65_HS1-834228961_62-HQ-83894_Section_2
Agency: FBI
Page 44
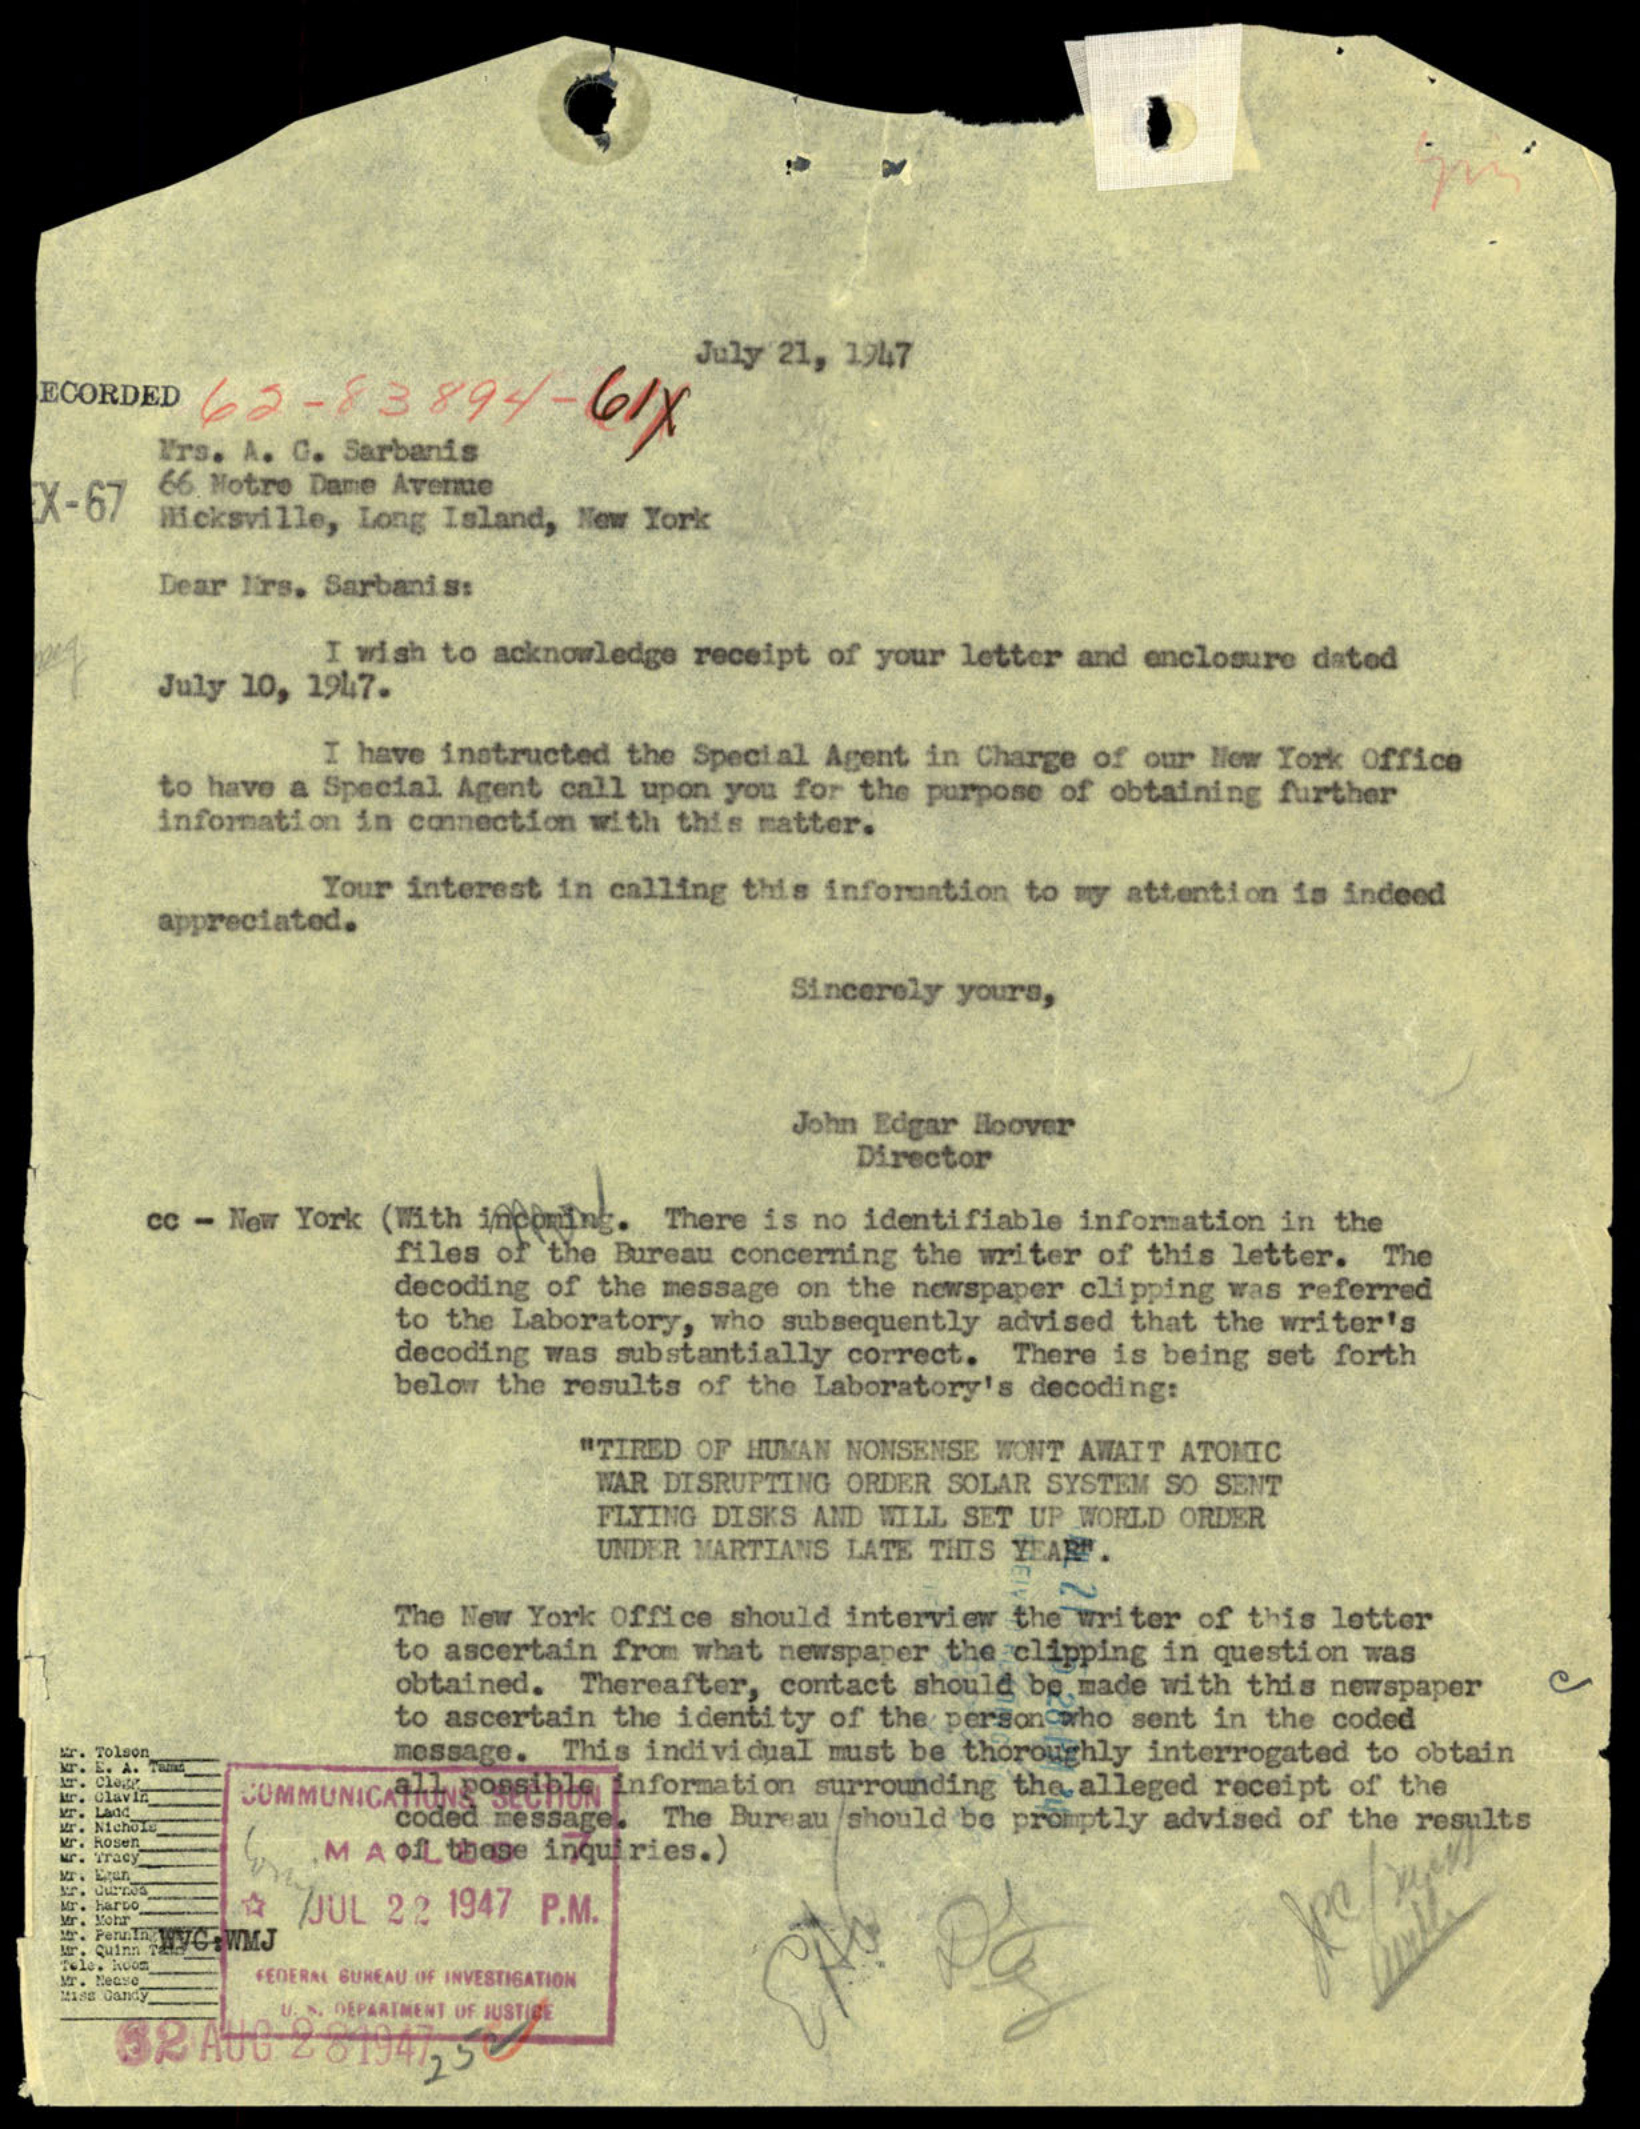